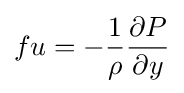
fu=-{1 \over \rho }{\partial P \over \partial y}